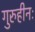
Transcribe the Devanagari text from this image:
गुरुहीनः